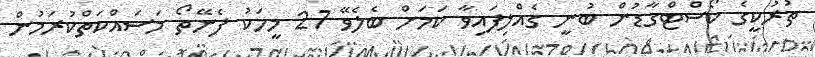
ތުރުކީގެ ކޯސްޓްގާޑުން ބުނީ ގެއްލިފައިވާ ކަމަށް ބެލެވޭ 27 މީހަކު ފެނޭތޯ މަސައްކަތްކުރަމުން